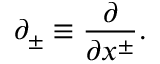
\partial _ { \pm } \equiv \frac { \partial } { \partial x ^ { \pm } } .